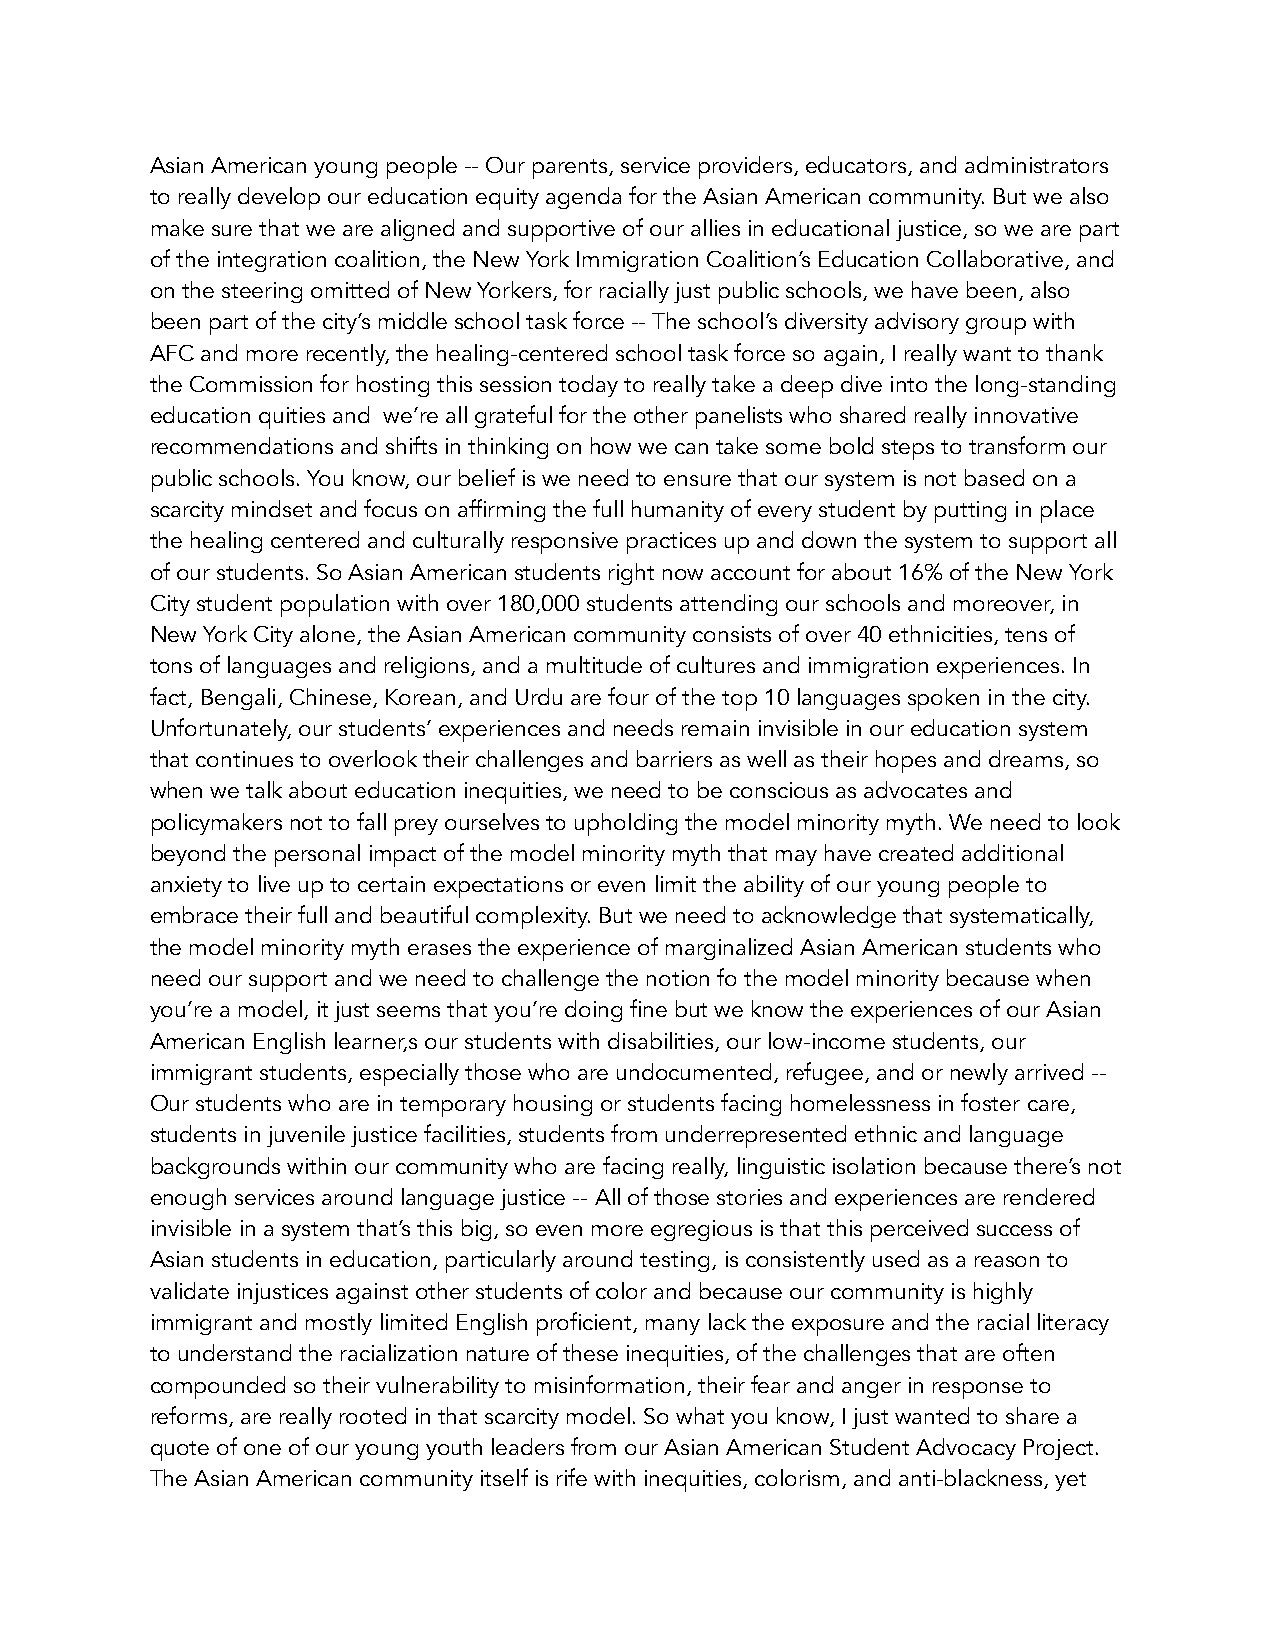
Asian American young people -- Our parents, service providers, educators, and administrators
 to really develop our education equity agenda for the Asian American community. But we also
 make sure that we are aligned and supportive of our allies in educational justice, so we are part
 of the integration coalition, the New York Immigration Coalition’s Education Collaborative, and
 on the steering omitted of New Yorkers, for racially just public schools, we have been, also
 been part of the city’s middle school task force -- The school’s diversity advisory group with
 AFC and more recently, the healing-centered school task force so again, I really want to thank
 the Commission for hosting this session today to really take a deep dive into the long-standing
 education quities and we’re all grateful for the other panelists who shared really innovative
 recommendations and shifts in thinking on how we can take some bold steps to transform our
 public schools. You know, our belief is we need to ensure that our system is not based on a
 scarcity mindset and focus on affirming the full humanity of every student by putting in place
 the healing centered and culturally responsive practices up and down the system to support all
 of our students. So Asian American students right now account for about 16% of the New York
 City student population with over 180,000 students attending our schools and moreover, in
 New York City alone, the Asian American community consists of over 40 ethnicities, tens of
 tons of languages and religions, and a multitude of cultures and immigration experiences. In
 fact, Bengali, Chinese, Korean, and Urdu are four of the top 10 languages spoken in the city.
 Unfortunately, our students’ experiences and needs remain invisible in our education system
 that continues to overlook their challenges and barriers as well as their hopes and dreams, so
 when we talk about education inequities, we need to be conscious as advocates and
 policymakers not to fall prey ourselves to upholding the model minority myth. We need to look
 beyond the personal impact of the model minority myth that may have created additional
 anxiety to live up to certain expectations or even limit the ability of our young people to
 embrace their full and beautiful complexity. But we need to acknowledge that systematically,
 the model minority myth erases the experience of marginalized Asian American students who
 need our support and we need to challenge the notion fo the model minority because when
 you’re a model, it just seems that you’re doing fine but we know the experiences of our Asian
 American English learner,s our students with disabilities, our low-income students, our
 immigrant students, especially those who are undocumented, refugee, and or newly arrived --
 Our students who are in temporary housing or students facing homelessness in foster care,
 students in juvenile justice facilities, students from underrepresented ethnic and language
 backgrounds within our community who are facing really, linguistic isolation because there’s not
 enough services around language justice -- All of those stories and experiences are rendered
 invisible in a system that’s this big, so even more egregious is that this perceived success of
 Asian students in education, particularly around testing, is consistently used as a reason to
 validate injustices against other students of color and because our community is highly
 immigrant and mostly limited English proficient, many lack the exposure and the racial literacy
 to understand the racialization nature of these inequities, of the challenges that are often
 compounded so their vulnerability to misinformation, their fear and anger in response to
 reforms, are really rooted in that scarcity model. So what you know, I just wanted to share a
 quote of one of our young youth leaders from our Asian American Student Advocacy Project.
 The Asian American community itself is rife with inequities, colorism, and anti-blackness, yet